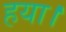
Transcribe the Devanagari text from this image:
हया।